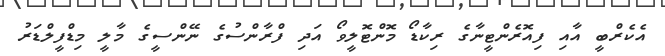
އެކެރްބީ އާއި ފިއޮރެންޓީނާގެ ރިކާޑޯ މޮންޓޮލީވޯ އަދި ފްރާންސުގެ ނޭންސީގެ މާލީ މިޑްފީލްޑަރު